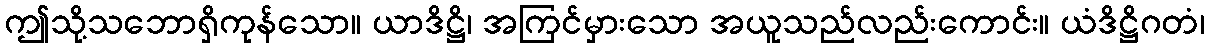
ဤသို့သဘောရှိကုန်သော။ ယာဒိဋ္ဌိ၊ အကြင်မှားသော အယူသည်လည်းကောင်း။ ယံဒိဋ္ဌိဂတံ၊